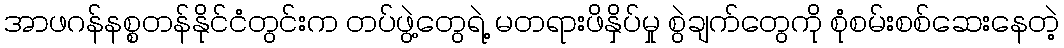
အာဖဂန်နစ္စတန်နိုင်ငံတွင်းက တပ်ဖွဲ့တွေရဲ့ မတရားဖိနှိပ်မှု စွဲချက်တွေကို စုံစမ်းစစ်ဆေးနေတဲ့